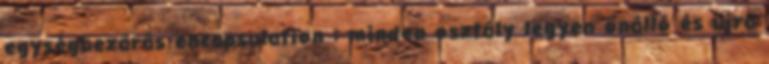
egységbezárás encapsulation : minden osztály legyen önálló és újra